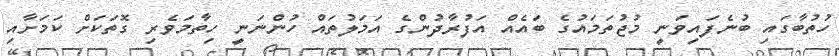
ހުތުބާގައި ބުނެފައިވަނީ މުޖުތަމައުގެ ބައެއް އަފުރާދުންގެ އަމަލުތައް ހުންނަނީ ހިތާމަވެރި ގޮތަކަށް ކަމަށާއި